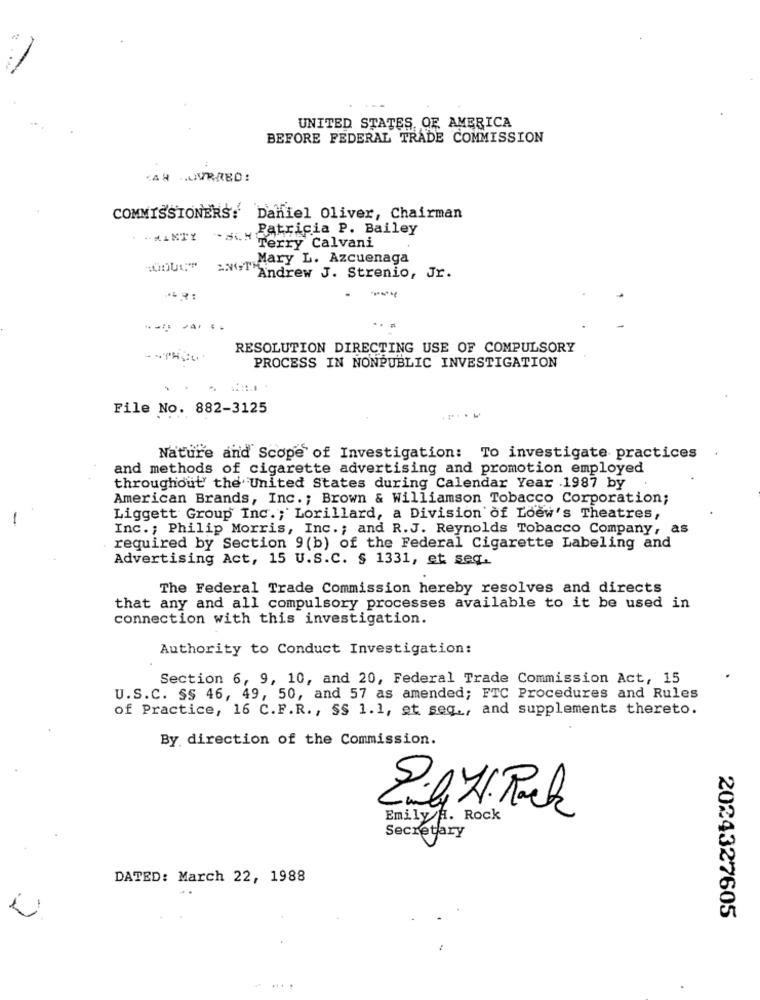
UNITED STATES OF AMERICA
BEFORE FEDERAL TRADE COMMISSION
CAR .OURRED :
COMMISSIONERS: Daniel Oliver, Chairman
Patricia P. Bailey
* ** ANTY - SCH
Terry Calvani
Mary L. Azcuenaga
ANTAndrew J. Strenio, Jr.
.... ... ..
RESOLUTION DIRECTING USE OF COMPULSORY
PROCESS IN NONPUBLIC INVESTIGATION
File No. 882-3125
Nature and Scope of Investigation: To investigate practices
and methods of cigarette advertising and promotion employed
throughout the United States during Calendar Year .1987 by
American Brands, Inc .; Brown & Williamson Tobacco Corporation;
-
Liggett Group Inc. ; Lorillard, a Division of Loew's Theatres,
Inc .; Philip Morris, Inc .; and R.J. Reynolds Tobacco Company, as
required by Section 9(b) of the Federal Cigarette Labeling and
Advertising Act, 15 U.S.C. § 1331, et seq.
The Federal Trade Commission hereby resolves and directs
that any and all compulsory processes available to it be used in
connection with this investigation.
Authority to Conduct Investigation:
Section 6, 9, 10, and 20, Federal Trade Commission Act, 15
U.S.C. SS 46, 49, 50, and 57 as amended; FTC Procedures and Rules
of Practice, 16 C.F.R. , SS 1.1, et seq ., and supplements thereto.
By direction of the Commission.
E.g . Rock
Emily A. Rock
Secretary
DATED: March 22, 1988
2024327605